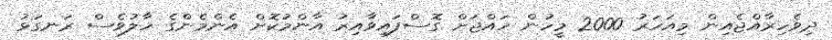
ދިވެހިރާއްޖެއިން މިއަހަރު 2000 މީހުން ހައްޖަށް ގޮސްފައިވާއިރު އާންމުކޮށް އެންމެންގެ ހާލުވެސް ރަނގަޅު